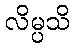
လိမ္ပသိ